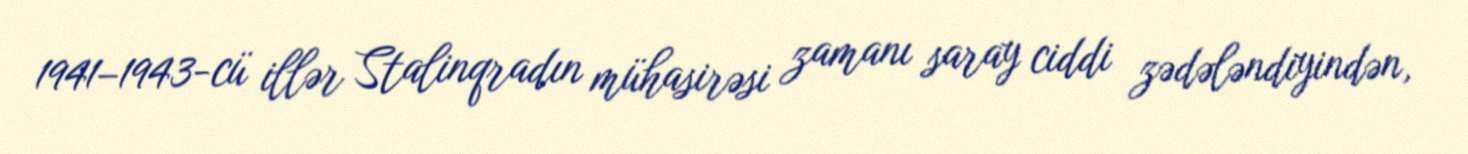
1941–1943-cü illər Stalinqradın mühasirəsi zamanı saray ciddi zədələndiyindən,